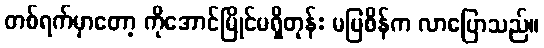
တစ်ရက်မှာတော့ ကိုအောင်မြိုင်မရှိတုန်း မမြစိန်က လာပြောသည်။